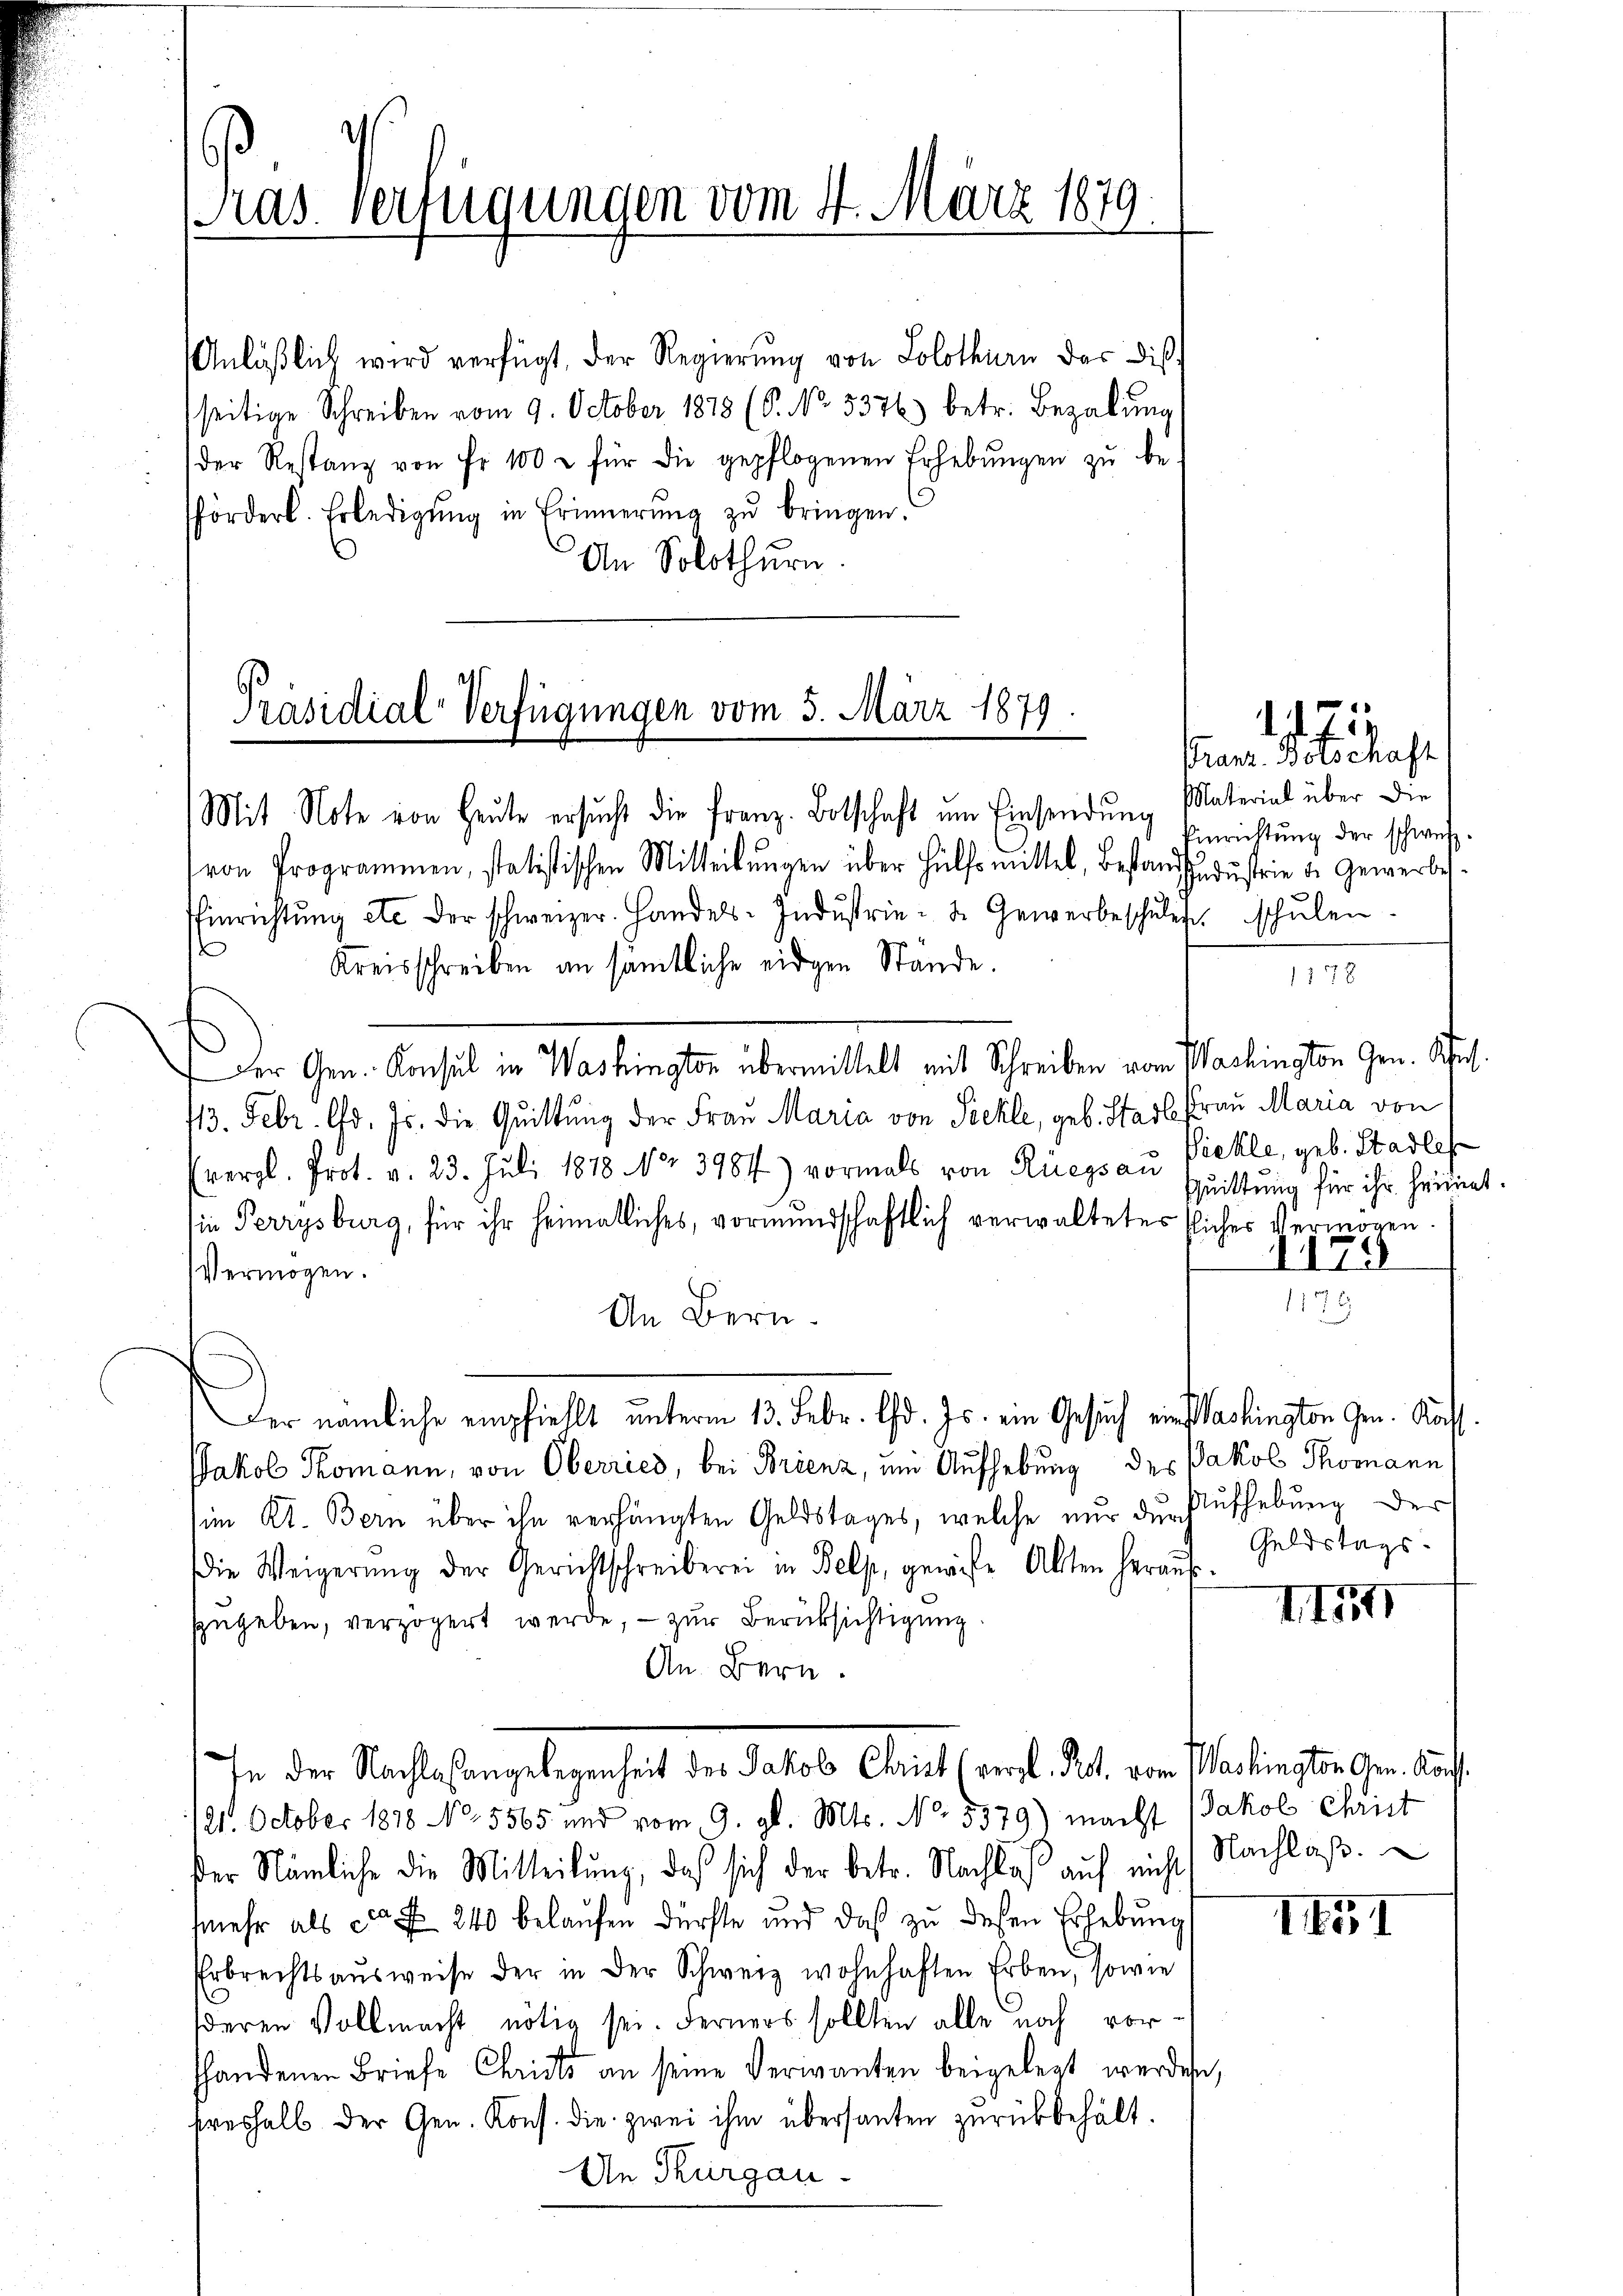
ras. Verfügungen vom 4. März 1879
x

Anläßlich wird verfügt, der Regierŭng von Solothurn das die
seitige Schreiben vom 9. October 1878 (8. No. 3376) betr. Bezalung
(der Restanz von Fr. 100 u für die gepflogenen Erhebŭngen zŭ be-
förderl. Erledigŭng in Erinnerung zu bringen.
An Solothurn.

Präsidial-Verfügungen vom 5. März 1879
Mit Note von Heute ersŭcht die Franz-Botschaft ŭm Einsendung Material über die

Der nämliche empfiehlt unterm 13. Febr. d. Js. ein Gesuch ein Washington Gen. Koch

Franz. Bölschaft
Einrichtung der schweiz.

Geldstags-

1173

(von Programmen, statistischen Mitteilungen über Hülfsmittel, Bestandzudustrie de Gewerbes¬
Einrichtŭng etc. der schweizer. Handels-Indŭstrie- & Gewerbeschuler, schŭlen
s
Kreisschreiben an sämtliche eidgen Stande.
1178
Der Gen. Konsul in Washington übermittelt mit Schreiben vom Washington Gen. Kuch.
13. Febr. d. Js. die Quittung der Frau Maria von Szekle, geb. Stadt Frau Maria von
(vergl. Prot. v. 23. Juli 1878 No. 3984) vormals von Rüegsau Pickle, geb. Stadles
Quittung für ihr heimat.
ie Perrysburg, für ihr heimatliches, vormundschaftlich verwaltetes flicher Vermögen.
175
Vermögen.
1176
An Bern.
Jakob Komann, von Oberries, bei Brienz, um Aufhebung des Jakob Thomann
im Kt. Bern über ihn verhängten Geldstages, welche nur durchufhebung der
die Weigerŭng der Gerichtschreiberei in Belp, gewiese Alten heraus-
II
zugeben, verzögert werde, – zur Berücksichtigung.
An Bern.
In der Nachlaßangelegenheit des Jakob Christ (vergl. Rect. von Marlingten Gen. Auf¬
121. October 1818. No. 5565 und vom 9. gl. Mts. No. 5379) macht Jakob Christ
er Nämliche die Mitteilŭng, daß sich der betr. Nachlaβ aŭf nichts Nachlaβ.
mehr als ca Fr. 240 belaufen dürfte und daß zu dessen Erhebung
1451
Erbrechtsausweise der in der Schweiz wohnhaften Erben, sowie
deren Vollmacht nötig sei. Ferners sollten alle noch vorshandenen Briefe Christs an seine Verwanten beigelegt werden,
preshalb der Gen. Kons. die zwei ihm übersanten zurückbehält.
Un Thurgau.

e